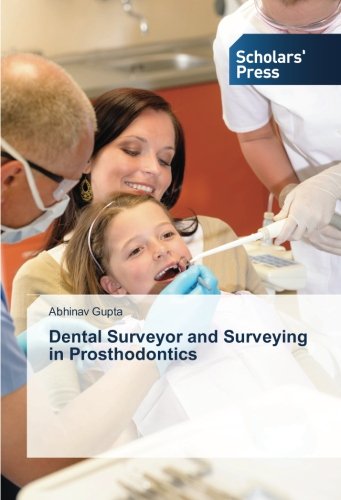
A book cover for Dental Surveyor and Surveying in Prosthodontics; Abhinav Gupta; Medical Books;